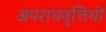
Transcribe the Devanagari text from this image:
अपराधवृत्तियों